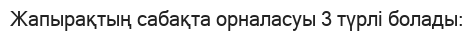
Жапырақтың сабақта орналасуы 3 түрлі болады: